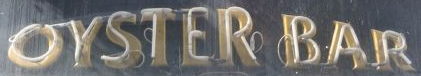
OYSTER BAR